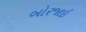
બોરજાઇ